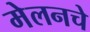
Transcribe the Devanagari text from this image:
मेलनचे